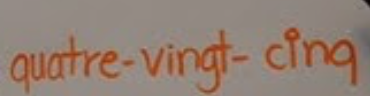
quatre-vingt-cinq